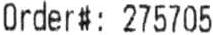
ORDER#: 275705